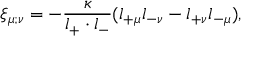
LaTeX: \xi _ { \mu ; \nu } = - \frac { \kappa } { l _ { + } \cdot l _ { - } } ( l _ { + \mu } l _ { - \nu } - l _ { + \nu } l _ { - \mu } ) ,